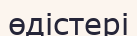
өдістері